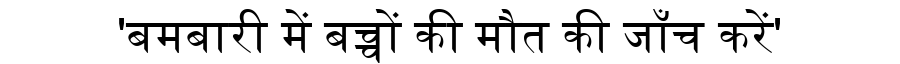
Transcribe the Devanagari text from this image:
'बमबारी में बच्चों की मौत की जाँच करें'